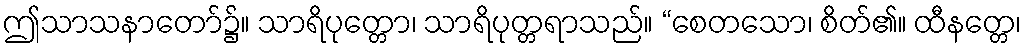
ဤသာသနာတော်၌။ သာရိပုတ္တော၊ သာရိပုတ္တရာသည်။ “စေတသော၊ စိတ်၏။ ထီနတ္တေ၊